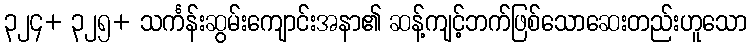
၃၂၄+ ၃၂၅+ သင်္ကန်းဆွမ်းကျောင်းအနာ၏ ဆန့်ကျင့်ဘက်ဖြစ်သောဆေးတည်းဟူသော